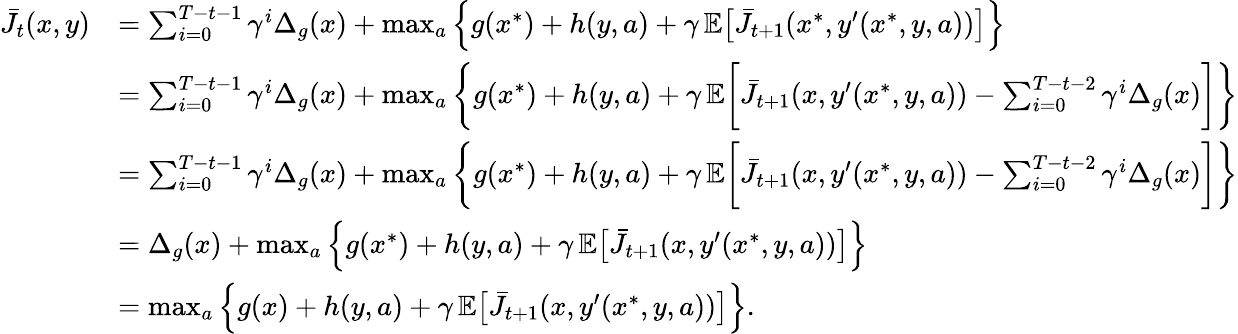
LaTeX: \begin{array}{rl}{\bar{J}_{t}(x,y)}&{=\sum_{i=0}^{T-t-1}\gamma^{i}\Delta_{g}(x)+\operatorname*{max}_{a}\, \Bigl\{ g(x^{*})+h(y,a)+\gamma\, \mathbb{E}\bigl[\bar{J}_{t+1}(x^{*},y^{\prime}(x^{*},y,a))\bigr]\Bigr\} }\\ &{=\sum_{i=0}^{T-t-1}\gamma^{i}\Delta_{g}(x)+\operatorname*{max}_{a}\, \biggl\{ g(x^{*})+h(y,a)+\gamma\, \mathbb{E}\biggl[\bar{J}_{t+1}(x,y^{\prime}(x^{*},y,a))-\sum_{i=0}^{T-t-2}\gamma^{i}\Delta_{g}(x)\biggr]\biggr\} }\\ &{=\sum_{i=0}^{T-t-1}\gamma^{i}\Delta_{g}(x)+\operatorname*{max}_{a}\, \biggl\{ g(x^{*})+h(y,a)+\gamma\, \mathbb{E}\biggl[\bar{J}_{t+1}(x,y^{\prime}(x^{*},y,a))-\sum_{i=0}^{T-t-2}\gamma^{i}\Delta_{g}(x)\biggr]\biggr\} }\\ &{=\Delta_{g}(x)+\operatorname*{max}_{a}\, \Bigl\{ g(x^{*})+h(y,a)+\gamma\, \mathbb{E}\bigl[\bar{J}_{t+1}(x,y^{\prime}(x^{*},y,a))\bigr]\Bigr\} }\\ &{=\operatorname*{max}_{a}\, \Bigl\{ g(x)+h(y,a)+\gamma\, \mathbb{E}\bigl[\bar{J}_{t+1}(x,y^{\prime}(x^{*},y,a))\bigr]\Bigr\} .}\end{array}